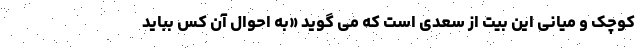
کوچک و میانی این بیت از سعدی است که می گوید «به احوال آن کس بباید